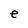
Character: e